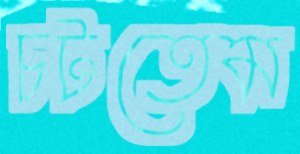
চটতেম